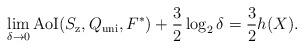
LaTeX: \begin{align*}\lim_{\delta \to 0}{\rm AoI}(S_{\mathrm{z}},Q_{\mathrm{uni}},F^*)+\frac{3}{2}\log_2{\delta}=\frac{3}{2}h(X). \end{align*}